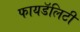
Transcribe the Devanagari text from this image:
फायडॅलिटी